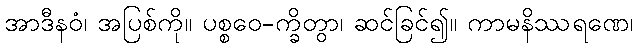
အာဒီနဝံ၊ အပြစ်ကို။ ပစ္စဝေ-က္ခိတွာ၊ ဆင်ခြင်၍။ ကာမနိဿရဏေ၊